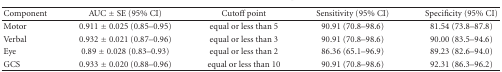
<table><thead><tr><td><b>Component</b></td><td><b>AUC ± SE (95% CI)</b></td><td><b>Cutoff point</b></td><td><b>Sensitivity (95% CI)</b></td><td><b>Specificity (95% CI)</b></td></tr></thead><tbody><tr><td>Motor</td><td>0.911 ± 0.025 (0.85–0.95)</td><td>equal or less than 5</td><td>90.91 (70.8–98.6)</td><td>81.54 (73.8–87.8)</td></tr><tr><td>Verbal</td><td>0.932 ± 0.021 (0.87–0.96)</td><td>equal or less than 3</td><td>90.91 (70.8–98.6)</td><td>90.00 (83.5–94.6)</td></tr><tr><td>Eye</td><td>0.89 ± 0.028 (0.83–0.93)</td><td>equal or less than 2</td><td>86.36 (65.1–96.9)</td><td>89.23 (82.6–94.0)</td></tr><tr><td>GCS</td><td>0.933 ± 0.020 (0.88–0.96)</td><td>equal or less than 10</td><td>90.91 (70.8–98.6)</td><td>92.31 (86.3–96.2)</td></tr></tbody></table>